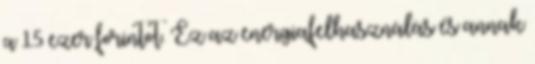
a 15 ezer forintot. Ez az energiafelhasználás és annak